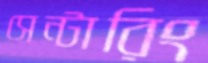
সেন্টারিং